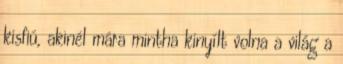
kisfiú, akinél mára mintha kinyílt volna a világ a